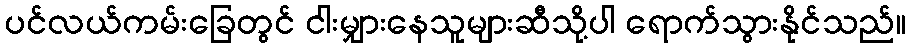
ပင်လယ်ကမ်းခြေတွင် ငါးမျှားနေသူများဆီသို့ပါ ရောက်သွားနိုင်သည်။